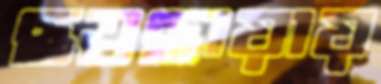
ছত্রছায়ায়